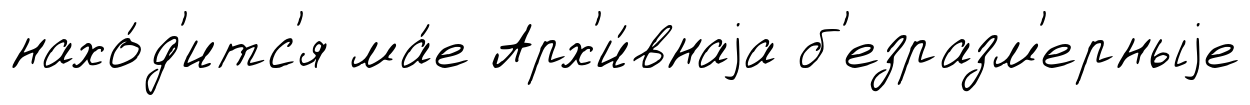
нахо́д'итс'я ма́е Арх'и́внаjа б'езразм'ерныjе